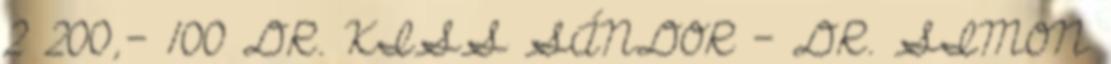
2 200,- 100 DR. KISS SÁNDOR – DR. SIMON